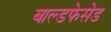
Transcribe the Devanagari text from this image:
बाल्डफेसेड